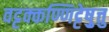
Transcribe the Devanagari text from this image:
वट्टक्कण्णिट्टेषु़त्तु